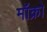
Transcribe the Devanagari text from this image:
मॉक्रो